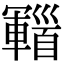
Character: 𩠫